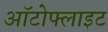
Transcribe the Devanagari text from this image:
ऑटोफ्लाइट